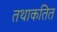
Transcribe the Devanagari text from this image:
तथाकतित